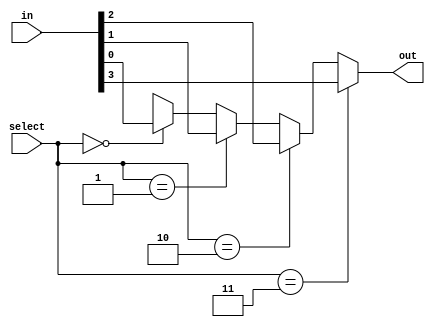
// This program was cloned from: https://github.com/VerticalResearchGroup/miaow
// License: BSD 3-Clause "New" or "Revised" License

module mux_param (out, in, select);

   parameter BITS = 2;
   parameter SIZE = 4;
   parameter WIDTH = 1;

   output [WIDTH - 1:0] out;
   input [(SIZE * WIDTH) - 1:0] in;
   input [BITS - 1:0] select;

   reg [WIDTH - 1:0] out;

   integer i;

   always @ (in or select)
      begin
         out = {WIDTH{1'bx}};
         for(i = 0; i < SIZE; i = i + 1)
         begin
            if (select == i)
            begin
               out = in[(WIDTH * (i+1)) - 1-:WIDTH];
            end
         end
      end
endmodule